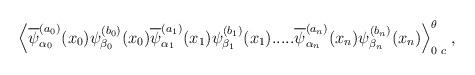
LaTeX: \begin{align*}\Big\langle\overline{\psi}^{(a_0)}_{\alpha_0}(x_0) \psi^{(b_0)}_{\beta_0}(x_0)\overline{\psi}^{(a_1)}_{\alpha_1}(x_1) \psi^{(b_1)}_{\beta_1}(x_1) .....\overline{\psi}^{(a_n)}_{\alpha_n}(x_n) \psi^{(b_n)}_{\beta_n}(x_n)\Big\rangle_{0\; c}^\theta \; ,\end{align*}